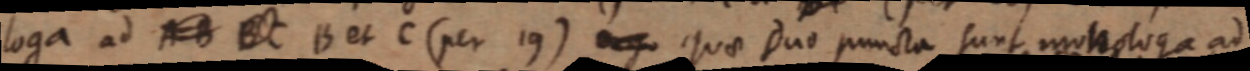
loga ad AB BC B et C (per 19) ergo quae duo puncta sunt monologa ad